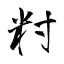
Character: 籿